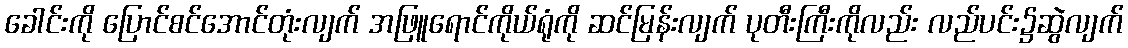
ခေါင်းကို ပြောင်စင်အောင်တုံးလျက် အဖြူရောင်ကိုယ်ရုံကို ဆင်မြန်းလျက် ပုတီးကြီးကိုလည်း လည်ပင်း၌ဆွဲလျက်